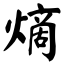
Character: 𪹧